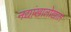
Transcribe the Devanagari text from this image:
नद्यांखालोखाल